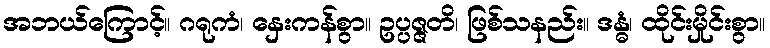
အဘယ်ကြောင့်။ ဂရုကံ၊ နှေးကန်စွာ။ ဥပ္ပဇ္ဇတိ၊ ဖြစ်သနည်း။ ဒန္ဓံ၊ ထိုင်းမှိုင်းစွာ။